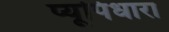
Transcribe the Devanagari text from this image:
प्यूपिधारा